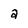
Character: a